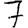
Digit: 7